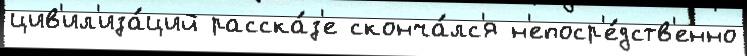
цив'ил'иза́ций расска́з'е сконча́лс'я н'епоср'е́дств'енно